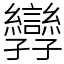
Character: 㝈